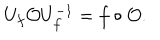
LaTeX: U _ { f } \mathcal { O } U _ { f } ^ { - 1 } = f \circ \mathcal { O } .